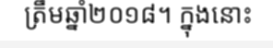
ត្រឹមឆ្នាំ២០១៨។ ក្នុងនោះ